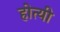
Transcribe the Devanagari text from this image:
होत्यी